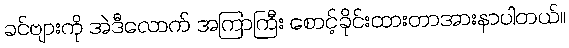
ခင်ဗျားကို အဲဒီလောက် အကြာကြီး စောင့်ခိုင်းထားတာအားနာပါတယ်။